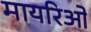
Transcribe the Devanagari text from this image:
मायरिओ